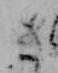
さ